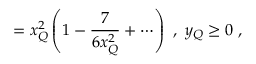
= x _ { Q } ^ { 2 } \left( 1 - \frac { 7 } { 6 x _ { Q } ^ { 2 } } + \cdots \right) ~ , ~ y _ { Q } \geq 0 ~ ,